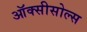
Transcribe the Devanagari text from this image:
ऑक्सीसोल्स